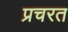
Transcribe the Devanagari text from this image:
प्रचरत